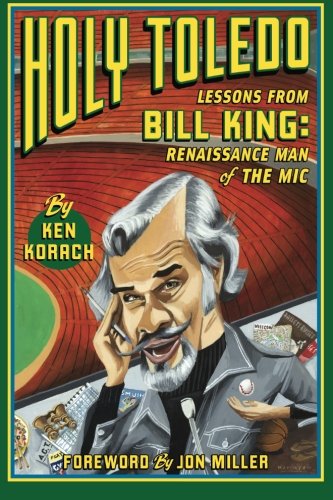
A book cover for Holy Toledo: Lessons From Bill King, Renaissance Man of the Mic; Ken Korach; Biographies & Memoirs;